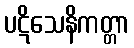
ပဋိသေနိကတ္တာ